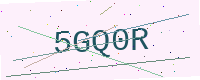
Text: 5GQ0R